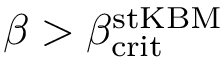
\beta > \beta _ { \mathrm { c r i t } } ^ { \mathrm { s t K B M } }